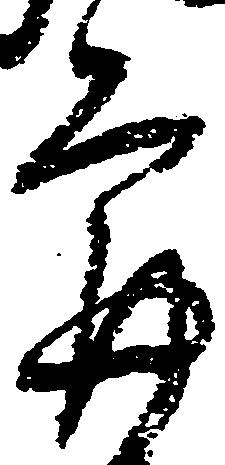
最